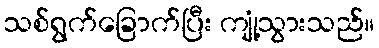
သစ်ရွက်ခြောက်ပြီး ကျုံ့သွားသည်။